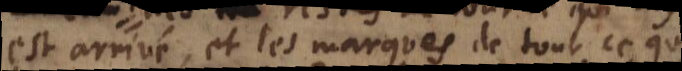
est arrivé, et les marques de tout ce qui